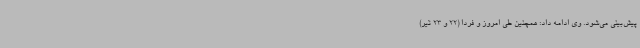
پیش‌بینی می‌شود. وی ادامه داد: همچنین طی امروز و فردا (22 و 23 تیر)